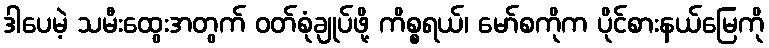
ဒါပေမဲ့ သမီးထွေးအတွက် ဝတ်စုံချုပ်ဖို့ ကိစ္စရယ်၊ မော်စကိုက ပိုင်စားနယ်မြေကို